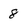
Character: 8